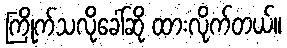
ကြိုက်သလိုခေါ်ဆို ထားလိုက်တယ်။